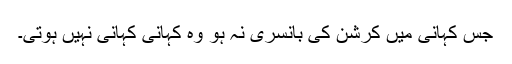
جس کہانی میں کرشن کی بانسری نہ ہو وہ کہانی کہانی نہیں ہوتی۔